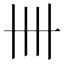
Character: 卌